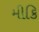
મીકિ